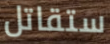
ستقاتل